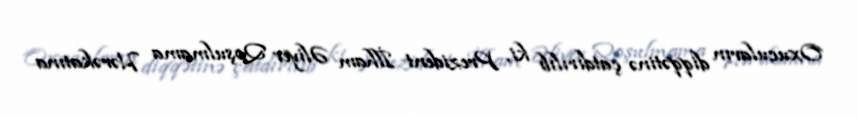
Oxucuların diqqətinə çatdırılıb ki, Prezident İlham Əliyev Qoşulmama Hərəkatına